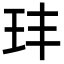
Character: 玤